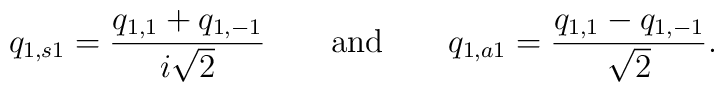
q_{1,s1}=\frac{q_{1,1}+q_{1,-1}}{i \sqrt{2}} \hspace{2em}\mbox{and}\hspace{2em} q_{1,a1}=\frac{q_{1,1}-q_{1,-1}}{\sqrt{2}}.